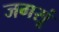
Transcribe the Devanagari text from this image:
जगसूं